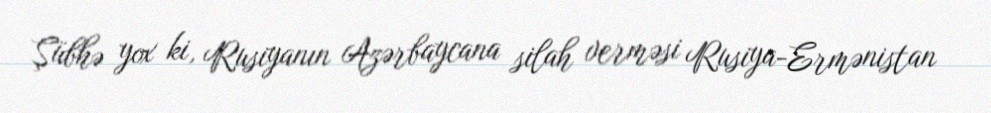
Şübhə yox ki, Rusiyanın Azərbaycana silah verməsi Rusiya-Ermənistan